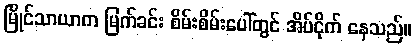
မြိုင်သာယာက မြက်ခင်း စိမ်းစိမ်းပေါ်တွင် အိပ်ငိုက် နေသည်။